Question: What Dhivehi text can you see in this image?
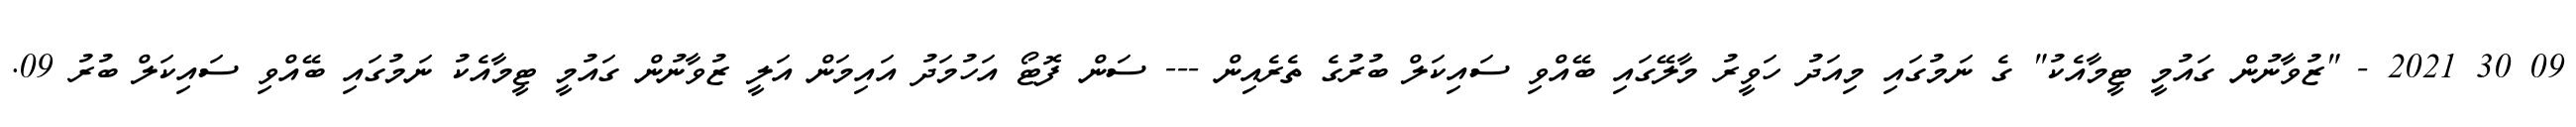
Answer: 09 30 2021 - "ޒުވާނުން ގައުމީ ޓީމާއެކު" ގެ ނަމުގައި މިއަދު ހަވީރު މާލޭގައި ބޭއްވި ސައިކަލް ބުރުގެ ތެރެއިން --- ސަން ފޮޓޯ އަހުމަދު އައިމަން އަލީ ޒުވާނުން ގައުމީ ޓީމާއެކު ނަމުގައި ބޭއްވި ސައިކަލް ބުރު 09.